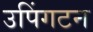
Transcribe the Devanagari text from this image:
उपिंगटन